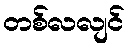
တစ်လလျင်